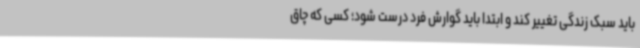
باید سبک زندگی تغییر کند و ابتدا باید گوارش فرد درست شود؛ کسی که چاق